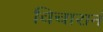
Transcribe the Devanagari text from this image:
विचारानं